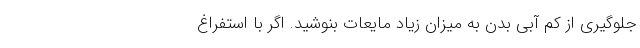
جلوگیری از کم آبی بدن به میزان زیاد مایعات بنوشید. اگر با استفراغ